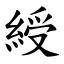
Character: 綬